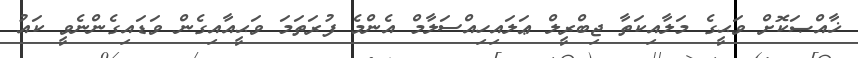
ޚާއްޞަކޮށް ވަޙީގެ މަލާއިކަތާ ޖިބްރީލް ޢަލައިހިއްސަލާމް އެންމެ ފުރަތަމަ ވަޙީއާއިގެން ވަޑައިގެންނެވީ ކައު